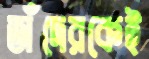
তাঁদেরকেই